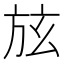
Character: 𣃡